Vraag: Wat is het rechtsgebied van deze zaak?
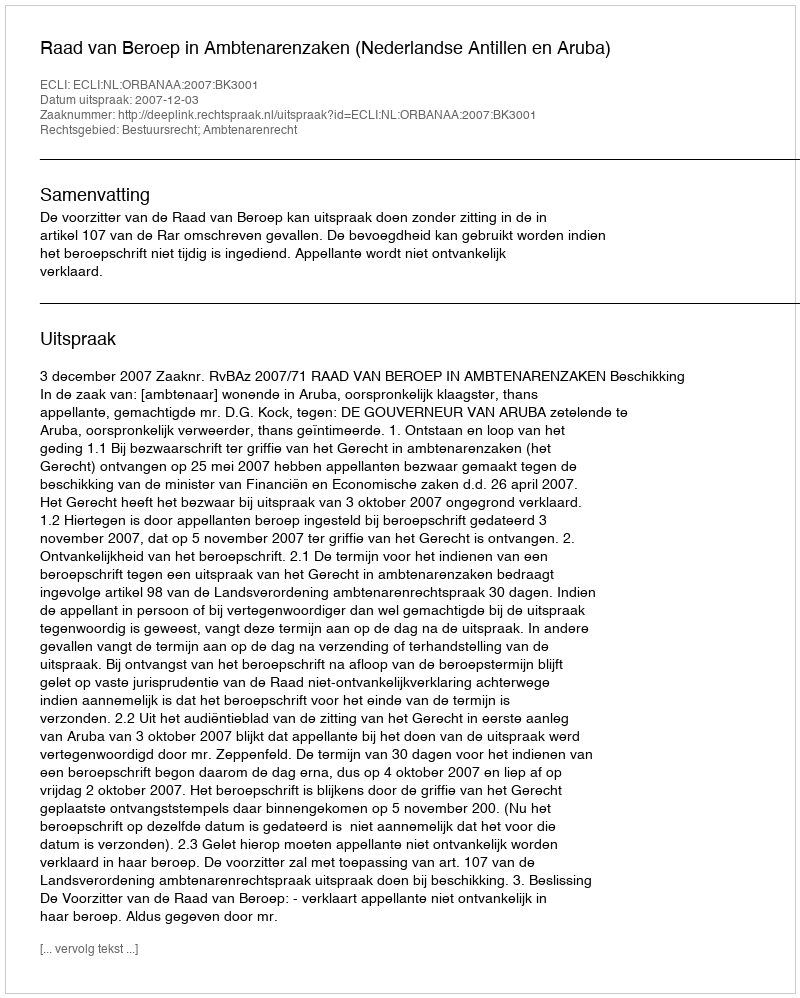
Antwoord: Bestuursrecht; Ambtenarenrecht